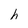
Character: h